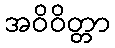
အဝိဝိတ္တာ